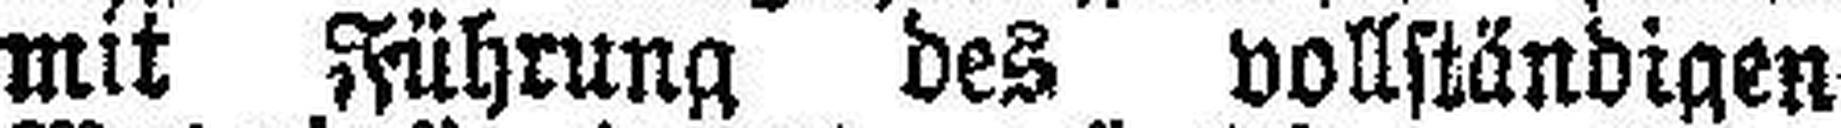
mit Führung des vollständigen